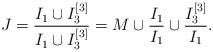
LaTeX: \begin{align*}J = \frac{I_1 \cup I_3^{[3]}}{I_1 \cup I_3^{[3]}} = M \cup \frac{I_1}{I_1} \cup \frac{I_3^{[3]}}{I_1}.\end{align*}